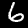
Digit: 6